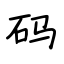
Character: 码